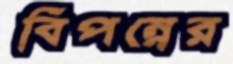
বিপন্নের